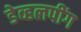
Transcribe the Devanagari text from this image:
डेव्हलपींग